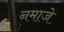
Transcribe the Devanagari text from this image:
नमाजे